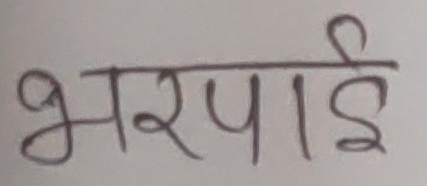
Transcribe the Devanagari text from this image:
भरपाई